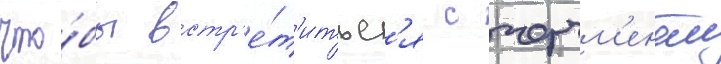
что́бы встр'е́т'итьс'я с черчм'еном